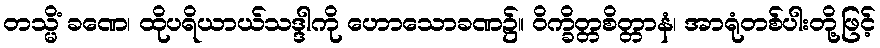
တသ္မိံ ခဏေ၊ ထိုပရိယာယ်သဒ္ဒါကို ဟောသောခဏ၌။ ဝိက္ခိတ္တစိတ္တာနံ၊ အာရုံတစ်ပါးတို့ဖြင့်